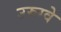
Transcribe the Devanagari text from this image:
उरुग्‍वे